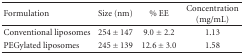
<table><thead><tr><td><b>Formulation</b></td><td><b>Size (nm)</b></td><td><b>% EE</b></td><td><b>Concentration (mg/mL)</b></td></tr></thead><tbody><tr><td>Conventional liposomes</td><td>254 ± 147</td><td>9.0 ± 2.2</td><td>1.13</td></tr><tr><td>PEGylated liposomes</td><td>245 ± 139</td><td>12.6 ± 3.0</td><td>1.58</td></tr></tbody></table>